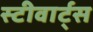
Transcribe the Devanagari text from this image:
स्टीवार्ट्स